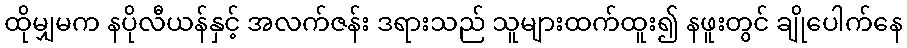
ထိုမျှမက နပိုလီယန်နှင့် အလက်ဇန်း ဒရားသည် သူများထက်ထူး၍ နဖူးတွင် ချိုပေါက်နေ